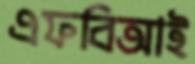
এফবিআই